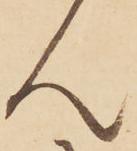
ん